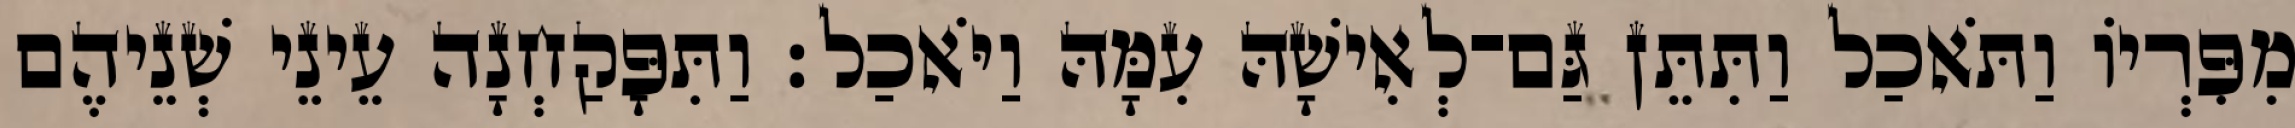
מִפִּרְיֹו וַתֹּאכַל וַתִּתֵּן גַּם־לְאִישָׁהּ עִמָּהּ וַיֹּאכַל׃ וַתִּפָּקַחְנָה עֵינֵי שְׁנֵיהֶם